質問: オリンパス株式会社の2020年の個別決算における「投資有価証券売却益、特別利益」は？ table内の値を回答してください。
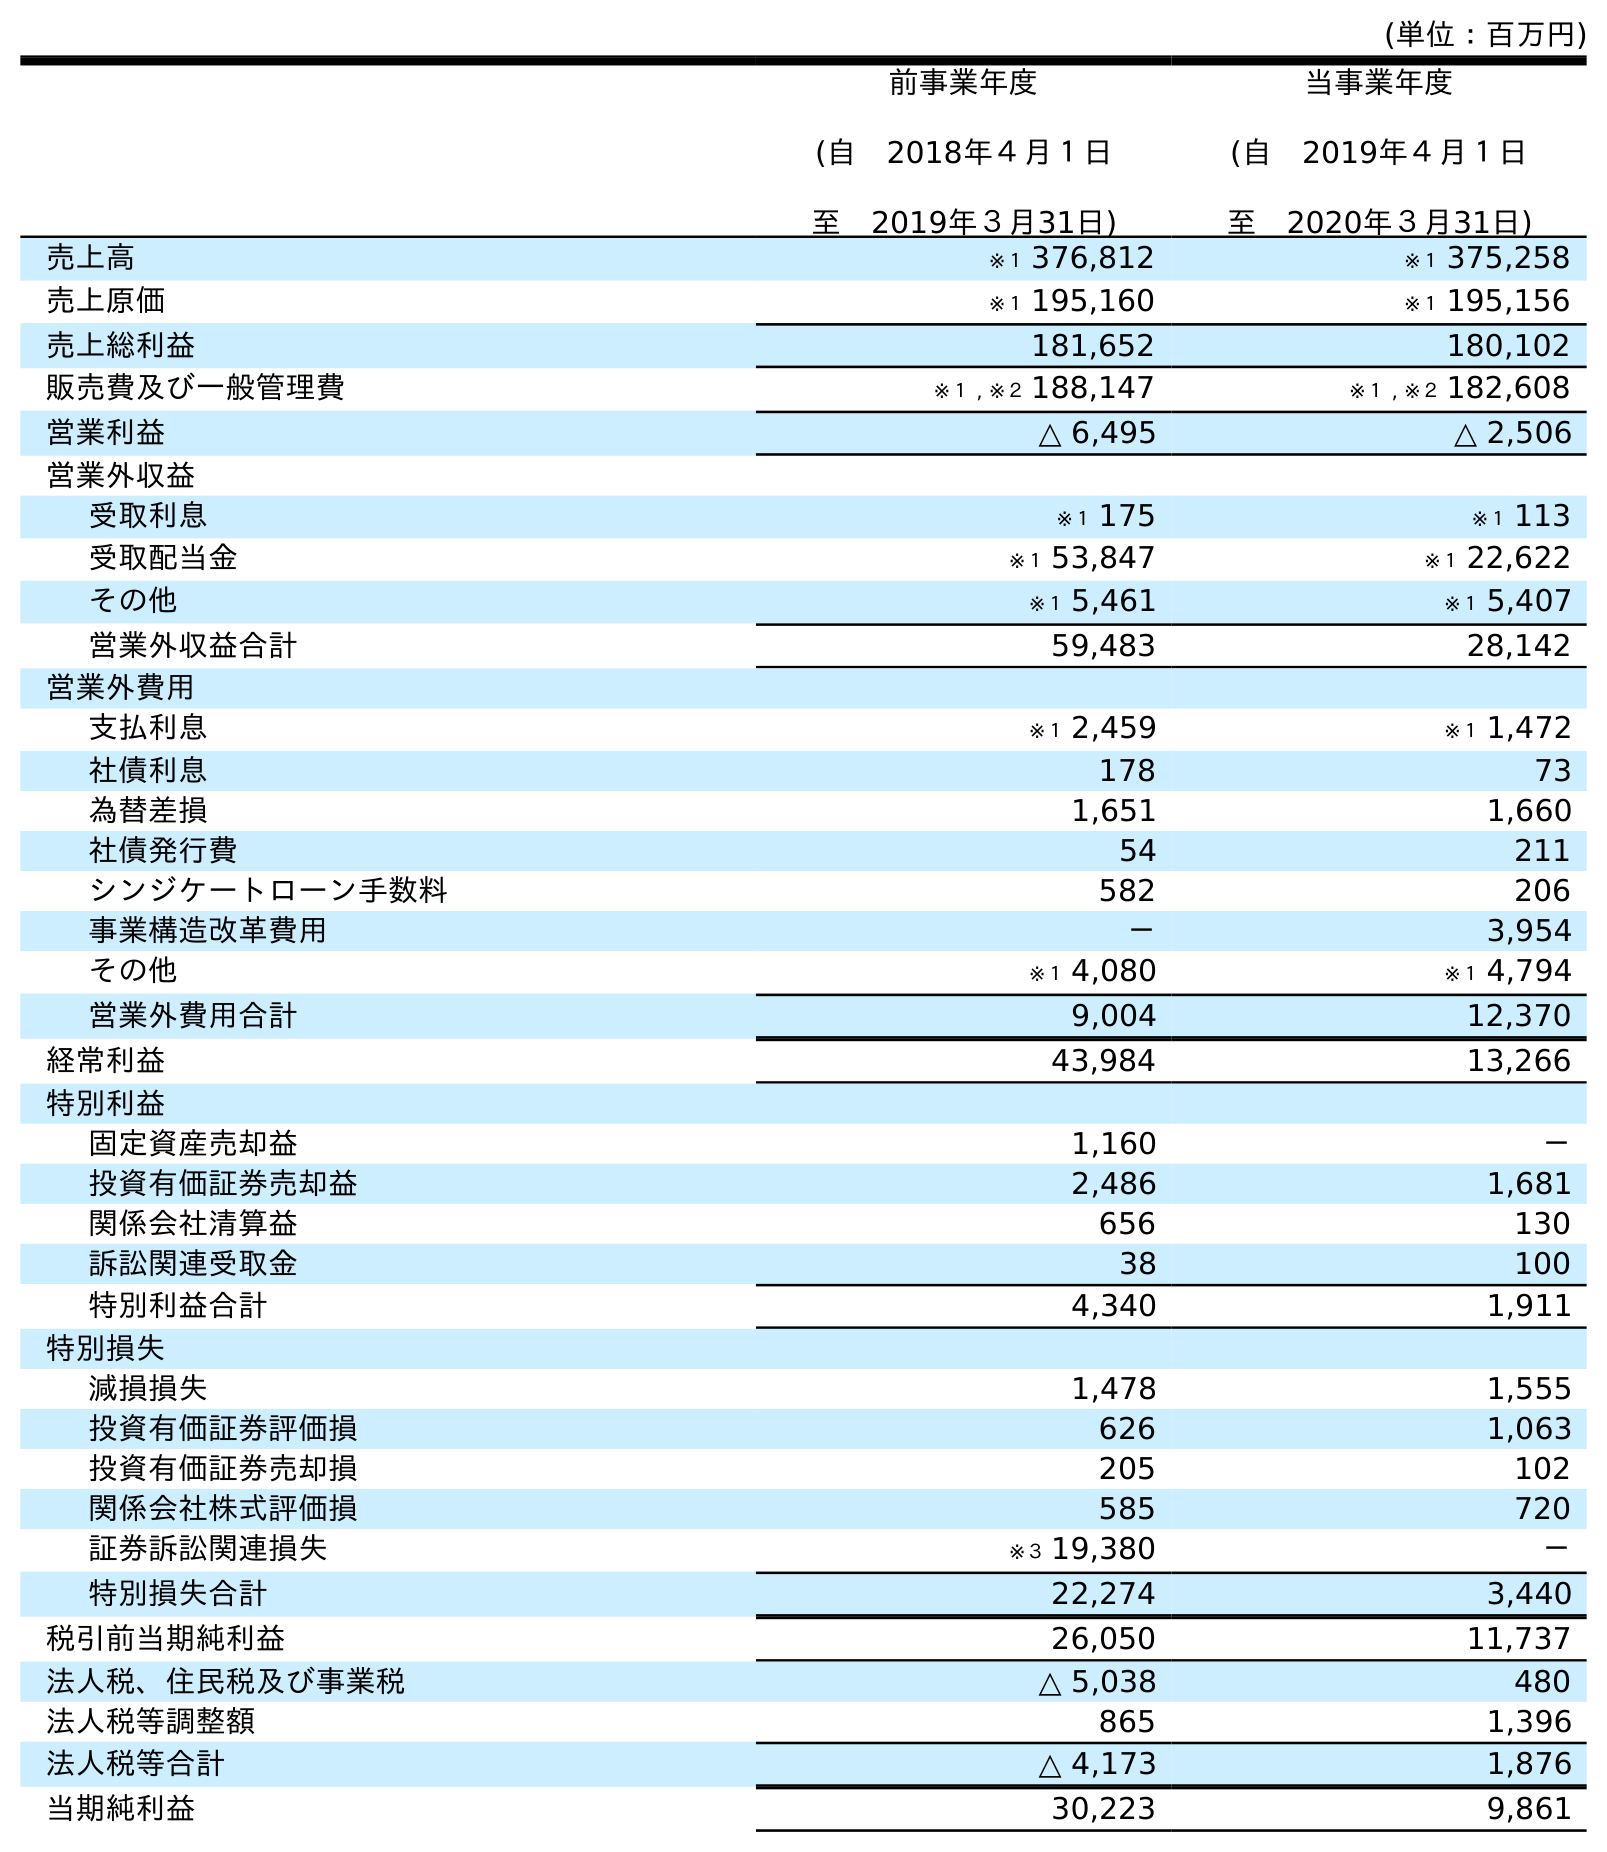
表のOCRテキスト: (単位：百万円) 前事業年度 (自 2018年４月１日 至 2019年３月31日) 当事業年度 (自 2019年４月１日 至 2020年３月31日) 売上高 ※１ 376,812 ※１ 375,258 売上原価 ※１ 195,160 ※１ 195,156 売上総利益 181,652 180,102 販売費及び一般管理費 ※１ , ※２ 188,147 ※１ , ※２ 182,608 営業利益 △ 6,495 △ 2,506 営業外収益 受取利息 ※１ 175 ※１ 113 受取配当金 ※１ 53,847 ※１ 22,622 その他 ※１ 5,461 ※１ 5,407 営業外収益合計 59,483 28,142 営業外費用 支払利息 ※１ 2,459 ※１ 1,472 社債利息 178 73 為替差損 1,651 1,660 社債発行費 54 211 シンジケートローン手数料 582 206 事業構造改革費用 － 3,954 その他 ※１ 4,080 ※１ 4,794 営業外費用合計 9,004 12,370 経常利益 43,984 13,266 特別利益 固定資産売却益 1,160 － 投資有価証券売却益 2,486 1,681 関係会社清算益 656 130 訴訟関連受取金 38 100 特別利益合計 4,340 1,911 特別損失 減損損失 1,478 1,555 投資有価証券評価損 626 1,063 投資有価証券売却損 205 102 関係会社株式評価損 585 720 証券訴訟関連損失 ※３ 19,380 － 特別損失合計 22,274 3,440 税引前当期純利益 26,050 11,737 法人税、住民税及び事業税 △ 5,038 480 法人税等調整額 865 1,396 法人税等合計 △ 4,173 1,876 当期純利益 30,223 9,861
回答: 1,681